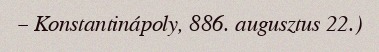
– Konstantinápoly, 886. augusztus 22.)